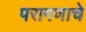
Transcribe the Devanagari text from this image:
परागणाचे